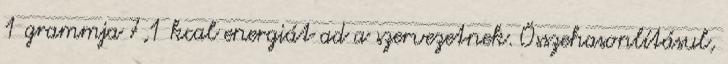
1 grammja 7,1 kcal energiát ad a szervezetnek. Összehasonlításul,